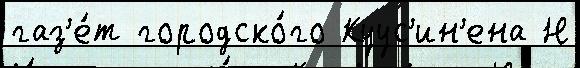
газ'е́т городско́го Куус'ин'ена Н